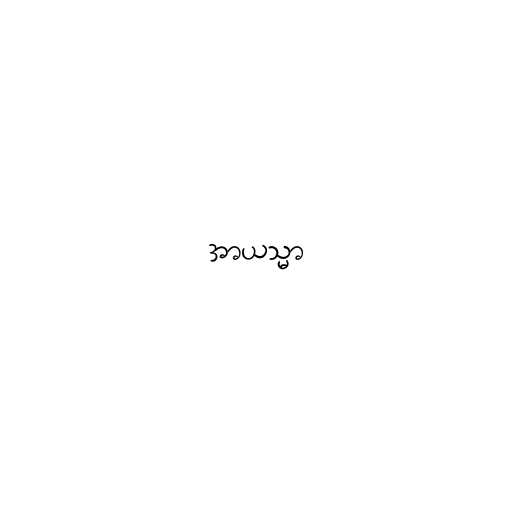
အာယသ္မာ